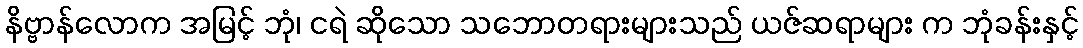
နိဗ္ဗာန်လောက အမြင့် ဘုံ၊ ငရဲ ဆိုသော သဘောတရားများသည် ယဇ်ဆရာများ က ဘုံခန်းနှင့်